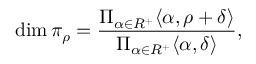
\dim \pi _ { \rho } = { \frac { \Pi _ { \alpha \in R ^ { + } } \langle \alpha , \rho + \delta \rangle } { \Pi _ { \alpha \in R ^ { + } } \langle \alpha , \delta \rangle } } ,